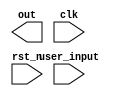
//copilot mean_prob: 0.5198792278352931
//This file was assembled by gen.py, written by redactedAuthorFirstname redactedAuthorLastname.

module fsm(out, user_input, clk, rst_n);

input [2:0] user_input;
input clk, rst_n;
output reg [2:0] out;

reg [1:0] state;

//an FSM where the state is equal to the user input
//-copilot next line-
//copilot mean_prob: 0.5198792278352931


always @(clk or rst_n) state <= user_input;

endmodule